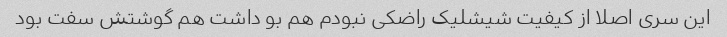
این سری اصلا از کیفیت شیشلیک راضکی نبودم هم بو داشت هم گوشتش سفت بود